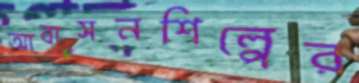
আবাসনশিল্পের